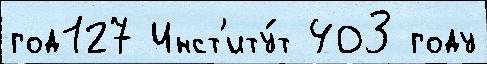
год127 Инст'иту́т 403 году